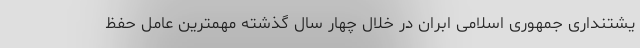
یشتنداری جمهوری اسلامی ابران در خلال چهار سال گذشته مهمترین عامل حفظ